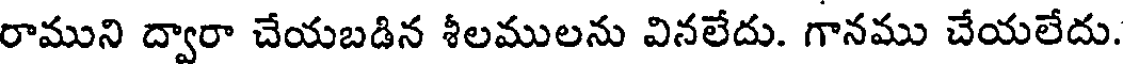
రాముని ద్వారా చేయబడిన శీలములను వినలేదు. గానము చేయలేదు.